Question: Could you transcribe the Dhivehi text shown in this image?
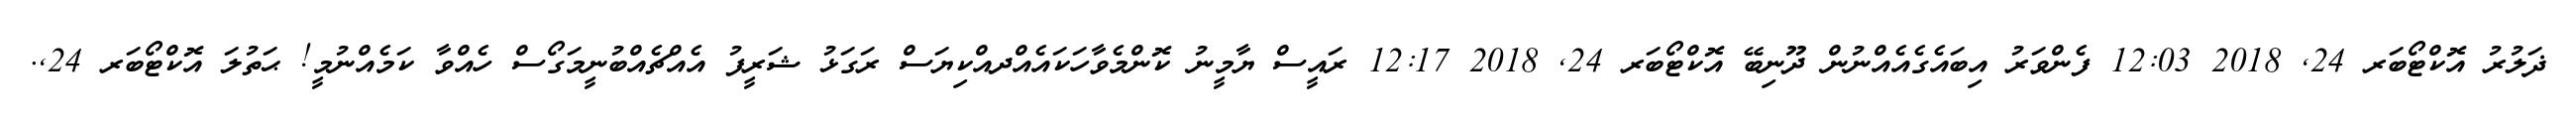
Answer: ޛަލުރު އޮކްޓޯބަރ 24, 2018 12:03 ފެންވަރު އިބައެގެއެއްނުން ދޫނިބޭ އޮކްޓޯބަރ 24, 2018 12:17 ރައީސް ޔާމީނު ކޮންމެވާހަކައެއްދއްކިޔަސް ރަގަޅު ޝަރީފު އެއްޗެއްބުނީމަގޯސް ހެއްވާ ކަމެއްނުމީ! ޙަތުލަ އޮކްޓޯބަރ 24,.